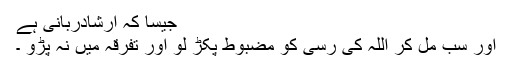
جیسا کہ ارشادِربانی ہے
اور سب مل کر اللہ کی رسی کو مضبوط پکڑ لو اور تفرقہ میں نہ پڑو ۔